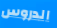
الدروس